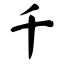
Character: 千